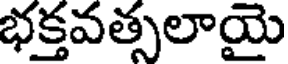
భక్తవత్సలాయై